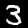
Label: 3